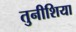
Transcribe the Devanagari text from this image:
तुनीशिया